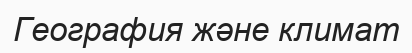
География және климат